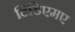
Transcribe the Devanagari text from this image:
टिडिएमए